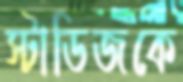
স্টাডিজকে